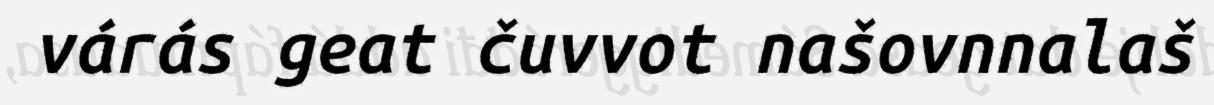
várás geat čuvvot našovnnalaš